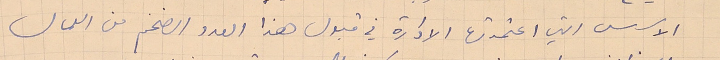
الاسس التي اعتمدتها الادارة في قبول هذا العدد الضخم من العمال